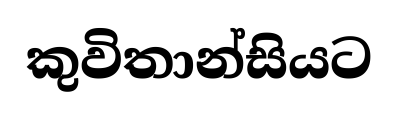
කුවිතාන්සියට